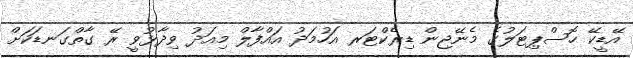
އޭޑީކޭ ހޮސްޕިޓަލުގެ މެނޭޖިން ޑިރެކްޓަރ އަހުމަދު އައްފާލް މިއަދު ވިދާޅުވީ ރޭ ގާތްގަނޑަކަށް